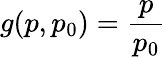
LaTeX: g(p,p_{0})=\frac{p}{p_{0}}